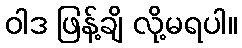
ဝါဒ ဖြန့်ချိ လို့မရပါ။